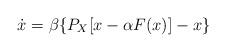
LaTeX: \begin{align*}\dot{x}=\beta\{P_{X}[x-\alpha F(x)]-x\}\end{align*}